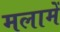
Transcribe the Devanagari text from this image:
मलामें